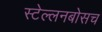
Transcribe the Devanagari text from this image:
स्‍टेल्‍लनबोसच